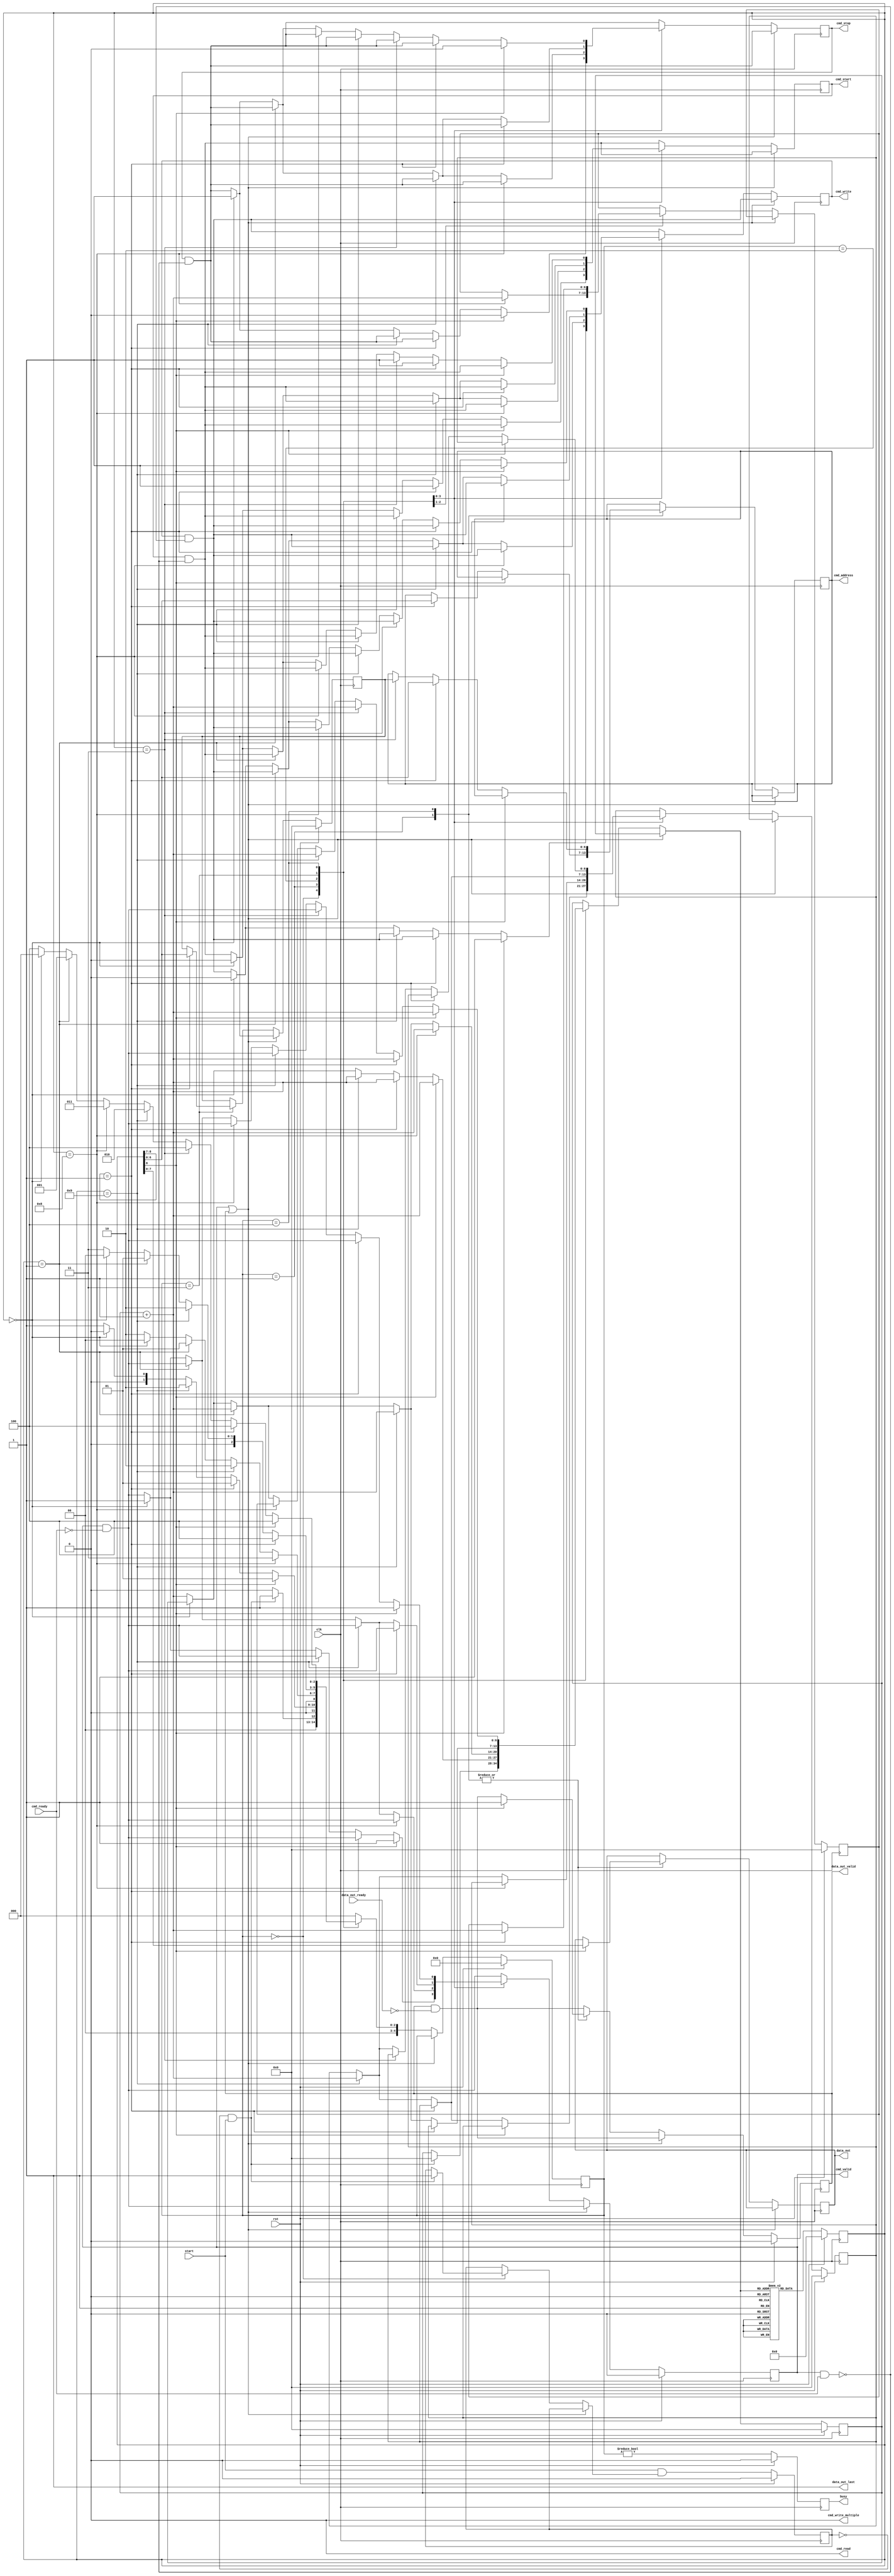
/*

Copyright (c) 2015-2018 Alex Forencich

Permission is hereby granted, free of charge, to any person obtaining a copy
of this software and associated documentation files (the "Software"), to deal
in the Software without restriction, including without limitation the rights
to use, copy, modify, merge, publish, distribute, sublicense, and/or sell
copies of the Software, and to permit persons to whom the Software is
furnished to do so, subject to the following conditions:

The above copyright notice and this permission notice shall be included in
all copies or substantial portions of the Software.

THE SOFTWARE IS PROVIDED "AS IS", WITHOUT WARRANTY OF ANY KIND, EXPRESS OR
IMPLIED, INCLUDING BUT NOT LIMITED TO THE WARRANTIES OF MERCHANTABILITY
FITNESS FOR A PARTICULAR PURPOSE AND NONINFRINGEMENT. IN NO EVENT SHALL THE
AUTHORS OR COPYRIGHT HOLDERS BE LIABLE FOR ANY CLAIM, DAMAGES OR OTHER
LIABILITY, WHETHER IN AN ACTION OF CONTRACT, TORT OR OTHERWISE, ARISING FROM,
OUT OF OR IN CONNECTION WITH THE SOFTWARE OR THE USE OR OTHER DEALINGS IN
THE SOFTWARE.

*/

// Language: Verilog 2001

`timescale 1ns / 1ps

/*
 * gth_i2c_init
 */
module gth_i2c_init (
    input  wire        clk,
    input  wire        rst,

    /*
     * I2C master interface
     */
    output wire [6:0]  cmd_address,
    output wire        cmd_start,
    output wire        cmd_read,
    output wire        cmd_write,
    output wire        cmd_write_multiple,
    output wire        cmd_stop,
    output wire        cmd_valid,
    input  wire        cmd_ready,

    output wire [7:0]  data_out,
    output wire        data_out_valid,
    input  wire        data_out_ready,
    output wire        data_out_last,

    /*
     * Status
     */
    output wire        busy,

    /*
     * Configuration
     */
    input  wire        start
);

/*

Generic module for I2C bus initialization.  Good for use when multiple devices
on an I2C bus must be initialized on system start without intervention of a
general-purpose processor.

Copy this file and change init_data and INIT_DATA_LEN as needed.

This module can be used in two modes: simple device initalization, or multiple
device initialization.  In multiple device mode, the same initialization sequence
can be performed on multiple different device addresses.  

To use single device mode, only use the start write to address and write data commands.
The module will generate the I2C commands in sequential order.  Terminate the list
with a 0 entry.  

To use the multiple device mode, use the start data and start address block commands
to set up lists of initialization data and device addresses.  The module enters
multiple device mode upon seeing a start data block command.  The module stores the
offset of the start of the data block and then skips ahead until it reaches a start
address block command.  The module will store the offset to the address block and
read the first address in the block.  Then it will jump back to the data block
and execute it, substituting the stored address for each current address write
command.  Upon reaching the start address block command, the module will read out the
next address and start again at the top of the data block.  If the module encounters
a start data block command while looking for an address, then it will store a new data
offset and then look for a start address block command.  Terminate the list with a 0
entry.  Normal address commands will operate normally inside a data block.

Commands:

00 0000000 : stop
00 0000001 : exit multiple device mode
00 0000011 : start write to current address
00 0001000 : start address block
00 0001001 : start data block
01 aaaaaaa : start write to address
1 dddddddd : write 8-bit data

Examples

write 0x11223344 to register 0x0004 on device at 0x50

01 1010000  start write to 0x50
1 00000000  write address 0x0004
1 00000100
1 00010001  write data 0x11223344
1 00100010
1 00110011
1 01000100
0 00000000  stop

write 0x11223344 to register 0x0004 on devices at 0x50, 0x51, 0x52, and 0x53

00 0001001  start data block
00 0000011  start write to current address
1 00000100
1 00010001  write data 0x11223344
1 00100010
1 00110011
1 01000100
00 0001000  start address block
01 1010000  address 0x50
01 1010000  address 0x51
01 1010000  address 0x52
01 1010000  address 0x53
00 0000000  stop

*/

// init_data ROM
localparam INIT_DATA_LEN = 68;

reg [8:0] init_data [INIT_DATA_LEN-1:0];

initial begin
    // init clock mux registers
    init_data[0]  = {2'b00, 7'b0001001}; // start data block
    init_data[1]  = {2'b00, 7'b0000011}; // start write to current address
    init_data[2]  = {1'b1, 8'd2}; // select PLL bandwidth
    //init_data[3]  = {1'b1, 8'hA2};
    init_data[3]  = {1'b1, 8'hA0};
    init_data[4]  = {2'b00, 7'b0000011}; // start write to current address
    init_data[5]  = {1'b1, 8'd3}; // disable outputs during ICAL
    //init_data[6]  = {1'b1, 8'h15};
    init_data[6]  = {1'b1, 8'h10};
    init_data[7]  = {2'b00, 7'b0000011}; // start write to current address
    init_data[8]  = {1'b1, 8'd5}; // set CLKOUT1 and CLKOUT2 to LVPECL
    init_data[9]  = {1'b1, 8'hED};
    init_data[10] = {2'b00, 7'b0000011}; // start write to current address
    init_data[11] = {1'b1, 8'd6}; // set CLKOUT3 to LVPECL and CLKOUT4 to LVDS
    //init_data[12] = {1'b1, 8'h2D};
    init_data[12] = {1'b1, 8'h3D};
    init_data[13] = {2'b00, 7'b0000011}; // start write to current address
    init_data[14] = {1'b1, 8'd7}; // set CLKOUT5 to to LVDS
    //init_data[15] = {1'b1, 8'h0A};
    init_data[15] = {1'b1, 8'h3A};
    init_data[16] = {2'b00, 7'b0000011}; // start write to current address
    init_data[17] = {1'b1, 8'd20}; // enable LOL output
    init_data[18] = {1'b1, 8'h3E};
    init_data[19] = {2'b00, 7'b0000011}; // start write to current address
    init_data[20] = {1'b1, 8'd25}; // N1_HS
    init_data[21] = {1'b1, 8'h40};
    init_data[22] = {2'b00, 7'b0000011}; // start write to current address
    init_data[23] = {1'b1, 8'd27}; // NC1_LS
    init_data[24] = {1'b1, 8'h05};
    init_data[25] = {2'b00, 7'b0000011}; // start write to current address
    init_data[26] = {1'b1, 8'd30}; // NC2_LS
    init_data[27] = {1'b1, 8'h05};
    init_data[28] = {2'b00, 7'b0000011}; // start write to current address
    init_data[29] = {1'b1, 8'd33}; // NC3_LS
    init_data[30] = {1'b1, 8'h05};
    init_data[31] = {2'b00, 7'b0000011}; // start write to current address
    init_data[32] = {1'b1, 8'd36}; // NC4_LS
    init_data[33] = {1'b1, 8'h05};
    init_data[34] = {2'b00, 7'b0000011}; // start write to current address
    init_data[35] = {1'b1, 8'd39}; // NC5_LS
    init_data[36] = {1'b1, 8'h05};
    init_data[37] = {2'b00, 7'b0000011}; // start write to current address
    init_data[38] = {1'b1, 8'd40}; // N2_HS
    init_data[39] = {1'b1, 8'hA0};
    init_data[40] = {2'b00, 7'b0000011}; // start write to current address
    init_data[41] = {1'b1, 8'd41}; // N2_LS
    init_data[42] = {1'b1, 8'h01};
    init_data[43] = {2'b00, 7'b0000011}; // start write to current address
    init_data[44] = {1'b1, 8'd42}; // N2_LS
    init_data[45] = {1'b1, 8'h3B};
    init_data[46] = {2'b00, 7'b0000011}; // start write to current address
    init_data[47] = {1'b1, 8'd45}; // N31
    init_data[48] = {1'b1, 8'h4E};
    init_data[49] = {2'b00, 7'b0000011}; // start write to current address
    init_data[50] = {1'b1, 8'd48}; // N32
    init_data[51] = {1'b1, 8'h4E};
    init_data[52] = {2'b00, 7'b0000011}; // start write to current address
    init_data[53] = {1'b1, 8'd51}; // N33
    init_data[54] = {1'b1, 8'h4E};
    init_data[55] = {2'b00, 7'b0000011}; // start write to current address
    init_data[56] = {1'b1, 8'd54}; // N34
    init_data[57] = {1'b1, 8'h4E};
    init_data[58] = {2'b00, 7'b0000011}; // start write to current address
    init_data[59] = {1'b1, 8'd141}; // Zero independent skew
    init_data[60] = {1'b1, 8'h00};
    init_data[61] = {2'b00, 7'b0000011}; // start write to current address
    init_data[62] = {1'b1, 8'd136}; // Soft reset
    init_data[63] = {1'b1, 8'h40};
    init_data[64] = {2'b00, 7'b0001000}; // start address block
    init_data[65] = {2'b01, 7'b1101001}; // first clock mux
    init_data[66] = {2'b01, 7'b1101000}; // second clock mux
    init_data[67] = 9'd0; // stop
end

localparam [3:0]
    STATE_IDLE = 3'd0,
    STATE_RUN = 3'd1,
    STATE_TABLE_1 = 3'd2,
    STATE_TABLE_2 = 3'd3,
    STATE_TABLE_3 = 3'd4;

reg [4:0] state_reg = STATE_IDLE, state_next;

parameter AW = $clog2(INIT_DATA_LEN);

reg [8:0] init_data_reg = 9'd0;

reg [AW-1:0] address_reg = {AW{1'b0}}, address_next;
reg [AW-1:0] address_ptr_reg = {AW{1'b0}}, address_ptr_next;
reg [AW-1:0] data_ptr_reg = {AW{1'b0}}, data_ptr_next;

reg [6:0] cur_address_reg = 7'd0, cur_address_next;

reg [6:0] cmd_address_reg = 7'd0, cmd_address_next;
reg cmd_start_reg = 1'b0, cmd_start_next;
reg cmd_write_reg = 1'b0, cmd_write_next;
reg cmd_stop_reg = 1'b0, cmd_stop_next;
reg cmd_valid_reg = 1'b0, cmd_valid_next;

reg [7:0] data_out_reg = 8'd0, data_out_next;
reg data_out_valid_reg = 1'b0, data_out_valid_next;

reg start_flag_reg = 1'b0, start_flag_next;

reg busy_reg = 1'b0;

assign cmd_address = cmd_address_reg;
assign cmd_start = cmd_start_reg;
assign cmd_read = 1'b0;
assign cmd_write = cmd_write_reg;
assign cmd_write_multiple = 1'b0;
assign cmd_stop = cmd_stop_reg;
assign cmd_valid = cmd_valid_reg;

assign data_out = data_out_reg;
assign data_out_valid = data_out_valid_reg;
assign data_out_last = 1'b1;

assign busy = busy_reg;

always @* begin
    state_next = STATE_IDLE;

    address_next = address_reg;
    address_ptr_next = address_ptr_reg;
    data_ptr_next = data_ptr_reg;

    cur_address_next = cur_address_reg;

    cmd_address_next = cmd_address_reg;
    cmd_start_next = cmd_start_reg & ~(cmd_valid & cmd_ready);
    cmd_write_next = cmd_write_reg & ~(cmd_valid & cmd_ready);
    cmd_stop_next = cmd_stop_reg & ~(cmd_valid & cmd_ready);
    cmd_valid_next = cmd_valid_reg & ~cmd_ready;

    data_out_next = data_out_reg;
    data_out_valid_next = data_out_valid_reg & ~data_out_ready;

    start_flag_next = start_flag_reg;

    if (cmd_valid | data_out_valid) begin
        // wait for output registers to clear
        state_next = state_reg;
    end else begin
        case (state_reg)
            STATE_IDLE: begin
                // wait for start signal
                if (~start_flag_reg & start) begin
                    address_next = {AW{1'b0}};
                    start_flag_next = 1'b1;
                    state_next = STATE_RUN;
                end else begin
                    state_next = STATE_IDLE;
                end
            end
            STATE_RUN: begin
                // process commands
                if (init_data_reg[8] == 1'b1) begin
                    // write data
                    cmd_write_next = 1'b1;
                    cmd_stop_next = 1'b0;
                    cmd_valid_next = 1'b1;

                    data_out_next = init_data_reg[7:0];
                    data_out_valid_next = 1'b1;
                    
                    address_next = address_reg + 1;
                    
                    state_next = STATE_RUN;
                end else if (init_data_reg[8:7] == 2'b01) begin
                    // write address
                    cmd_address_next = init_data_reg[6:0];
                    cmd_start_next = 1'b1;

                    address_next = address_reg + 1;
                    
                    state_next = STATE_RUN;
                end else if (init_data_reg == 9'b000001001) begin
                    // data table start
                    data_ptr_next = address_reg + 1;
                    address_next = address_reg + 1;
                    state_next = STATE_TABLE_1;
                end else if (init_data_reg == 9'd0) begin
                    // stop
                    cmd_start_next = 1'b0;
                    cmd_write_next = 1'b0;
                    cmd_stop_next = 1'b1;
                    cmd_valid_next = 1'b1;

                    state_next = STATE_IDLE;
                end else begin
                    // invalid command, skip
                    address_next = address_reg + 1;
                    state_next = STATE_RUN;
                end
            end
            STATE_TABLE_1: begin
                // find address table start
                if (init_data_reg == 9'b000001000) begin
                    // address table start
                    address_ptr_next = address_reg + 1;
                    address_next = address_reg + 1;
                    state_next = STATE_TABLE_2;
                end else if (init_data_reg == 9'b000001001) begin
                    // data table start
                    data_ptr_next = address_reg + 1;
                    address_next = address_reg + 1;
                    state_next = STATE_TABLE_1;
                end else if (init_data_reg == 1) begin
                    // exit mode
                    address_next = address_reg + 1;
                    state_next = STATE_RUN;
                end else if (init_data_reg == 9'd0) begin
                    // stop
                    cmd_start_next = 1'b0;
                    cmd_write_next = 1'b0;
                    cmd_stop_next = 1'b1;
                    cmd_valid_next = 1'b1;

                    state_next = STATE_IDLE;
                end else begin
                    // invalid command, skip
                    address_next = address_reg + 1;
                    state_next = STATE_TABLE_1;
                end
            end
            STATE_TABLE_2: begin
                // find next address
                if (init_data_reg[8:7] == 2'b01) begin
                    // write address command
                    // store address and move to data table
                    cur_address_next = init_data_reg[6:0];
                    address_ptr_next = address_reg + 1;
                    address_next = data_ptr_reg;
                    state_next = STATE_TABLE_3;
                end else if (init_data_reg == 9'b000001001) begin
                    // data table start
                    data_ptr_next = address_reg + 1;
                    address_next = address_reg + 1;
                    state_next = STATE_TABLE_1;
                end else if (init_data_reg == 9'd1) begin
                    // exit mode
                    address_next = address_reg + 1;
                    state_next = STATE_RUN;
                end else if (init_data_reg == 9'd0) begin
                    // stop
                    cmd_start_next = 1'b0;
                    cmd_write_next = 1'b0;
                    cmd_stop_next = 1'b1;
                    cmd_valid_next = 1'b1;

                    state_next = STATE_IDLE;
                end else begin
                    // invalid command, skip
                    address_next = address_reg + 1;
                    state_next = STATE_TABLE_2;
                end
            end
            STATE_TABLE_3: begin
                // process data table with selected address
                if (init_data_reg[8] == 1'b1) begin
                    // write data
                    cmd_write_next = 1'b1;
                    cmd_stop_next = 1'b0;
                    cmd_valid_next = 1'b1;

                    data_out_next = init_data_reg[7:0];
                    data_out_valid_next = 1'b1;

                    address_next = address_reg + 1;

                    state_next = STATE_TABLE_3;
                end else if (init_data_reg[8:7] == 2'b01) begin
                    // write address
                    cmd_address_next = init_data_reg[6:0];
                    cmd_start_next = 1'b1;

                    address_next = address_reg + 1;

                    state_next = STATE_TABLE_3;
                end else if (init_data_reg == 9'b000000011) begin
                    // write current address
                    cmd_address_next = cur_address_reg;
                    cmd_start_next = 1'b1;

                    address_next = address_reg + 1;

                    state_next = STATE_TABLE_3;
                end else if (init_data_reg == 9'b000001001) begin
                    // data table start
                    data_ptr_next = address_reg + 1;
                    address_next = address_reg + 1;
                    state_next = STATE_TABLE_1;
                end else if (init_data_reg == 9'b000001000) begin
                    // address table start
                    address_next = address_ptr_reg;
                    state_next = STATE_TABLE_2;
                end else if (init_data_reg == 9'd1) begin
                    // exit mode
                    address_next = address_reg + 1;
                    state_next = STATE_RUN;
                end else if (init_data_reg == 9'd0) begin
                    // stop
                    cmd_start_next = 1'b0;
                    cmd_write_next = 1'b0;
                    cmd_stop_next = 1'b1;
                    cmd_valid_next = 1'b1;

                    state_next = STATE_IDLE;
                end else begin
                    // invalid command, skip
                    address_next = address_reg + 1;
                    state_next = STATE_TABLE_3;
                end
            end
        endcase
    end
end

always @(posedge clk) begin
    if (rst) begin
        state_reg <= STATE_IDLE;

        init_data_reg <= 9'd0;

        address_reg <= {AW{1'b0}};
        address_ptr_reg <= {AW{1'b0}};
        data_ptr_reg <= {AW{1'b0}};

        cur_address_reg <= 7'd0;

        cmd_valid_reg <= 1'b0;

        data_out_valid_reg <= 1'b0;

        start_flag_reg <= 1'b0;

        busy_reg <= 1'b0;
    end else begin
        state_reg <= state_next;

        // read init_data ROM
        init_data_reg <= init_data[address_next];

        address_reg <= address_next;
        address_ptr_reg <= address_ptr_next;
        data_ptr_reg <= data_ptr_next;

        cur_address_reg <= cur_address_next;

        cmd_valid_reg <= cmd_valid_next;

        data_out_valid_reg <= data_out_valid_next;

        start_flag_reg <= start & start_flag_next;

        busy_reg <= (state_reg != STATE_IDLE);
    end

    cmd_address_reg <= cmd_address_next;
    cmd_start_reg <= cmd_start_next;
    cmd_write_reg <= cmd_write_next;
    cmd_stop_reg <= cmd_stop_next;

    data_out_reg <= data_out_next;
end

endmodule